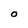
Character: O